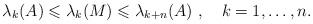
LaTeX: \begin{align*}\lambda_k (A)\leqslant \lambda_k(M) \leqslant \lambda_{k+n} (A)~ , ~~~ k = 1, \hdots , n.\end{align*}